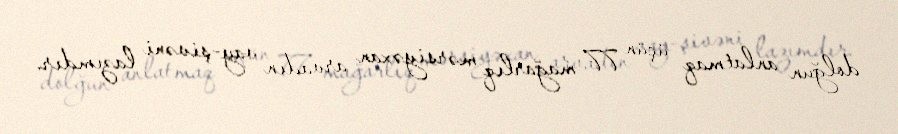
dolğun anlatmaq üçün 77 mağarlıq mərsiyəxan arvadın vay-şivəni lazımdır.